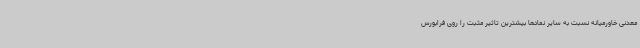
معدنی خاورمیانه نسبت به سایر نمادها بیشترین تاثیر مثبت را روی فرابورس